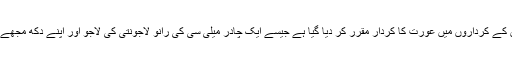
بیدی کی کہانیوںمیں پلاٹ کتنے ہی قسم کا کیوں نہ ہومگر ان کے کرداروں میں عورت کا کردار مقرر کر دیا گیا ہے جیسے ایک چادر میلی سی کی رانو لاجونتی کی لاجو اور اپنے دکھ مجھے دے دو کی اندوایک امر کردار کی صورت میں نظرآتے ہیں۔